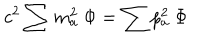
c ^ { 2 } \sum m _ { a } ^ { 2 } \ \Phi = \sum p _ { a } ^ { 2 } \ \Phi